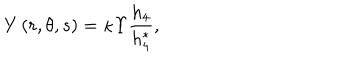
Y \left( r , \theta , s \right) = \kappa \Upsilon \frac { h _ { 4 } } { h _ { 4 } ^ { * } } ,